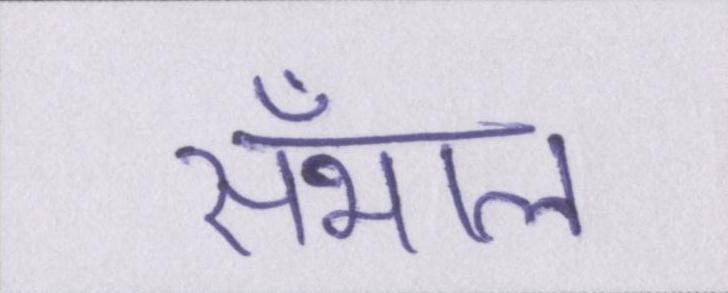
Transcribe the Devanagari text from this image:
सँभाल